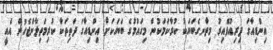
އިންޑިއާގަ ދިރިއުޅޭއިރު މިތާނގެބަޔަކު ކުރާކަމަކުން މިގައުމުގެ ބަޔަކަށް އިންޑިއާގަ ދަތިތަކާ ކުރިމަތިލާންޖެހުން އެއީ